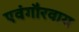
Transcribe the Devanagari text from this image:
एवंगौरवाय